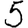
Digit: 5